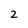
Character: 2